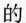
的